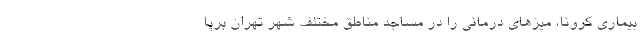
بیماری کرونا، میزهای درمانی را در مساجد مناطق مختلف شهر تهران برپا